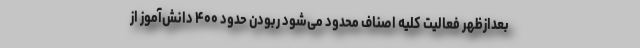
بعدازظهر فعالیت کلیه اصناف محدود می‌شود ربودن حدود ۴۰۰ دانش‌آموز از